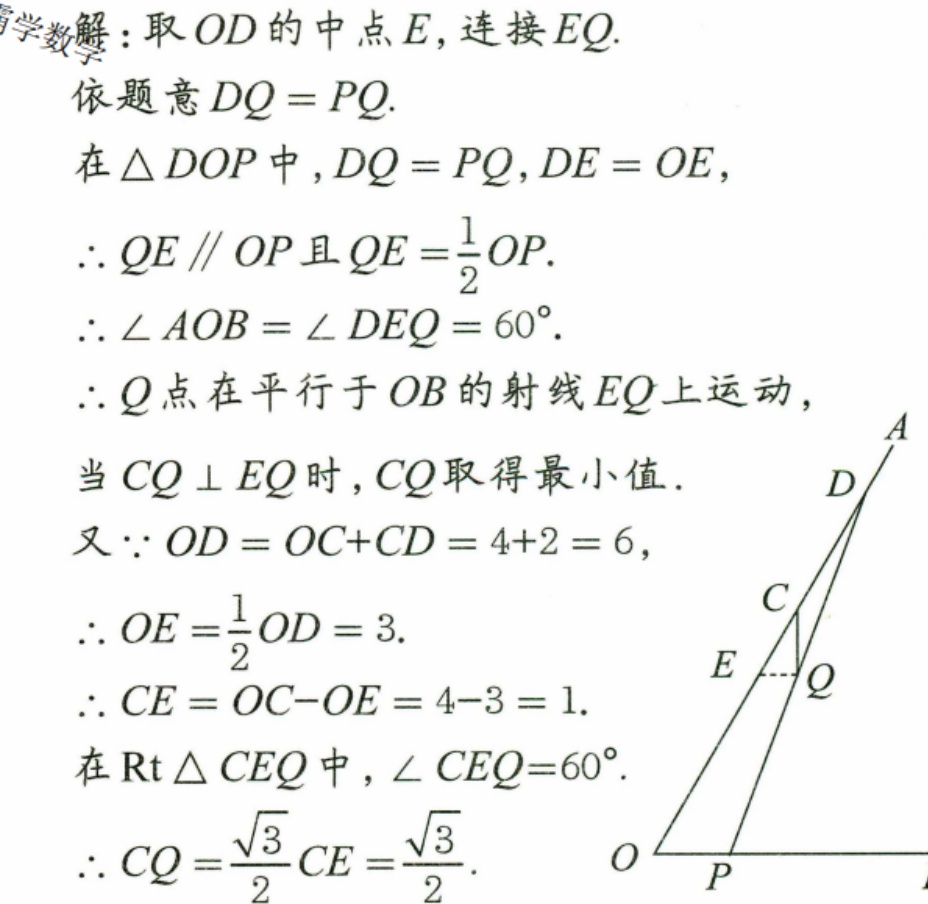
解：取 \(OD\) 的中点 \(E\)，连接 \(EQ\).
依题意 \(DQ = PQ\).
在\(\triangle DOP\)中，\(DQ = PQ\)，\(DE = OE\)，
\(\therefore QE\parallel OP\)且\(QE=\frac{1}{2}OP\).
\(\therefore\angle AOB=\angle DEQ = 60^{\circ}\).
\(\therefore Q\)点在平行于 \(OB\)的射线 \(EQ\)上运动，
当 \(CQ\perp EQ\)时，\(CQ\)取得最小值.
又\(\because OD = OC + CD=4 + 2 = 6\)，
\(\therefore OE=\frac{1}{2}OD = 3\).
\(\therefore CE=OC - OE=4 - 3 = 1\).
在\(\text{Rt}\triangle CEQ\)中，\(\angle CEQ = 60^{\circ}\).
\(\therefore CQ=\frac{\sqrt{3}}{2}CE=\frac{\sqrt{3}}{2}\).